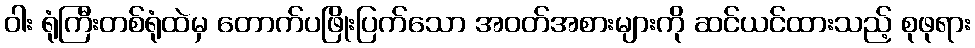
ဝါး ရုံကြီးတစ်ရုံထဲမှ တောက်ပဖြိုးပြက်သော အဝတ်အစားများကို ဆင်ယင်ထားသည့် စုဖုရား